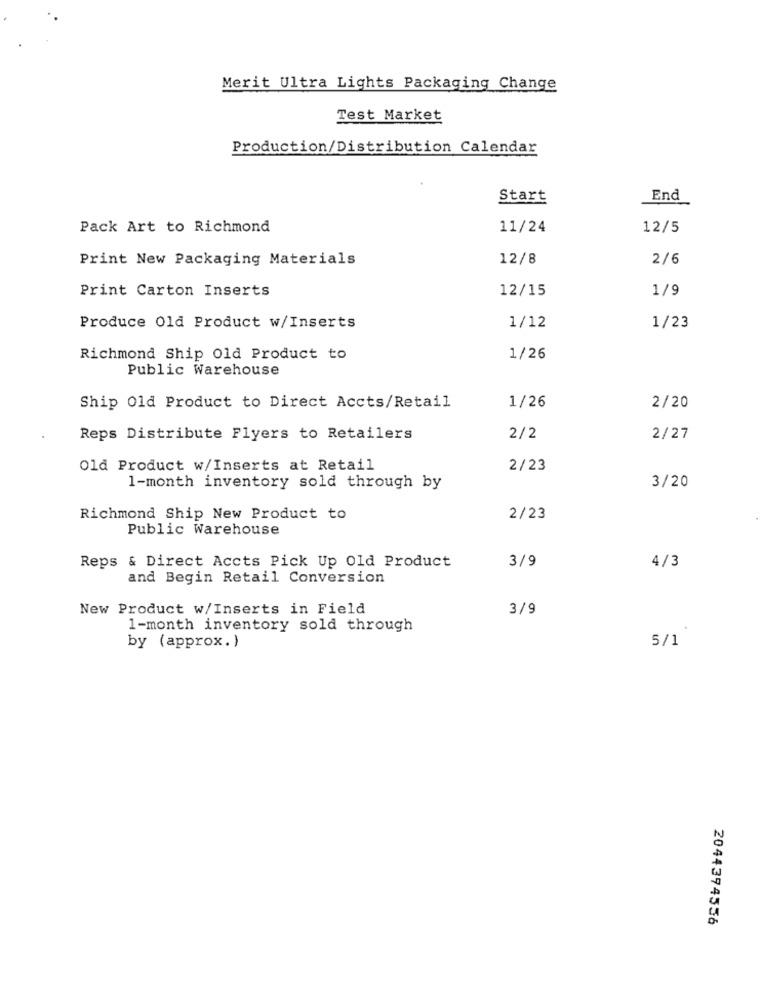
Merit Ultra Lights Packaging Change
Test Market
Production/Distribution Calendar
Start
End
Pack Art to Richmond
11/24
12/5
Print New Packaging Materials
12/8
2/6
Print Carton Inserts
12/15
1/9
Produce Old Product w/Inserts
1/12
1/23
Richmond Ship Old Product to
1/26
Public Warehouse
Ship Old Product to Direct Accts/Retail
1/26
2/20
Reps Distribute Flyers to Retailers
2/2
2/27
Old Product w/Inserts at Retail
2/23
1-month inventory sold through by
3/20
Richmond Ship New Product to
2/23
Public Warehouse
3/9
Reps & Direct Accts Pick Up Old Product
4/3
and Begin Retail Conversion
New Product w/Inserts in Field
3/9
1-month inventory sold through
5/1
by (approx.)
2044394556